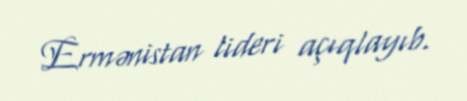
Ermənistan lideri açıqlayıb.